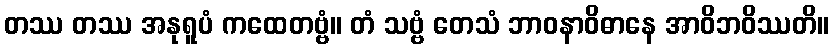
တဿ တဿ အနုရူပံ ကထေတဗ္ဗံ။ တံ သဗ္ဗံ တေသံ ဘာဝနာဝိဓာနေ အာဝိဘဝိဿတိ။